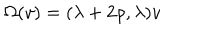
\Omega ( v ) = ( \lambda + 2 \rho , \lambda ) v